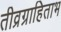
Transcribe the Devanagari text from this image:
तीव्रग्राहिताभ